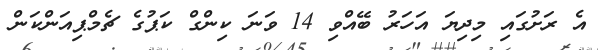
އެ ރަށުގައި މިދިޔަ އަހަރު ބޭއްވި 14 ވަނަ ކިންގް ކަޕުގެ ޗެމްޕިއަންކަން